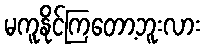
မကူနိုင်ကြတော့ဘူးလား